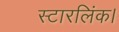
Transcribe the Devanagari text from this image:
स्टारलिंक।